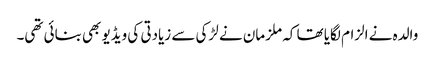
والدہ نے الزام لگایا تھا کہ ملزمان نے لڑکی سے زیادتی کی ویڈیو بھی بنائی تھی۔